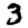
Digit: 3